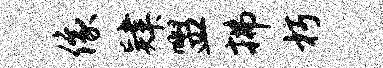
像肄盥拂朽